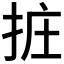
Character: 𢬂